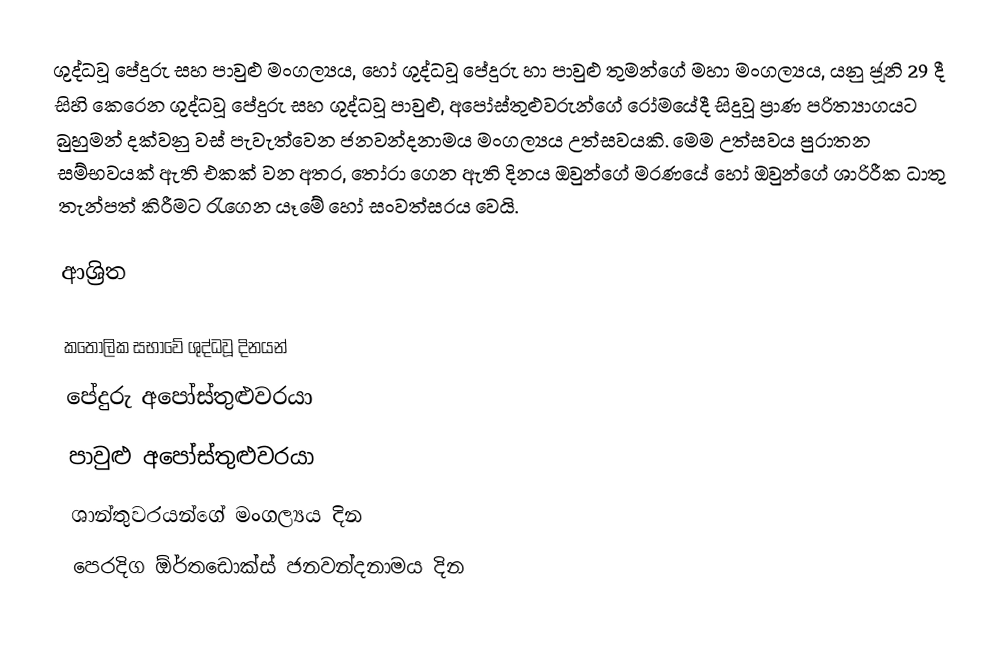
ශුද්ධවූ පේදුරු සහ පාවුළු මංගල්‍යය, හෝ ශුද්ධවූ පේදුරු හා පාවුළු තුමන්ගේ මහා මංගල්‍යය, යනු ජූනි 29  දී සිහි කෙරෙන ශුද්ධවූ පේදුරු සහ ශුද්ධවූ පාවුළු, අපෝස්තුළුවරුන්ගේ රෝමයේදී සිදුවූ  ප්‍රාණ පරිත්‍යාගයට බුහුමන් දක්වනු වස් පැවැත්වෙන ජනවන්දනාමය මංගල්‍යය උත්සවයකි. මෙම උත්සවය පුරාතන සම්භවයක් ඇති එකක් වන අතර, තෝරා ගෙන ඇති දිනය ඔවුන්ගේ මරණයේ හෝ ඔවුන්ගේ ශාරිරීක ධාතු තැන්පත් කිරීමට රැගෙන යෑමේ හෝ සංවත්සරය වෙයි.

ආශ්‍රිත

කතෝලික සභාවේ ශුද්ධවූ දිනයන්
පේදුරු අපෝස්තුළුවරයා
පාවුළු අපෝස්තුළුවරයා
ශාන්තුවරයන්ගේ මංගල්‍යය දින
පෙරදිග ඕර්තඩොක්ස් ජනවන්දනාමය දින